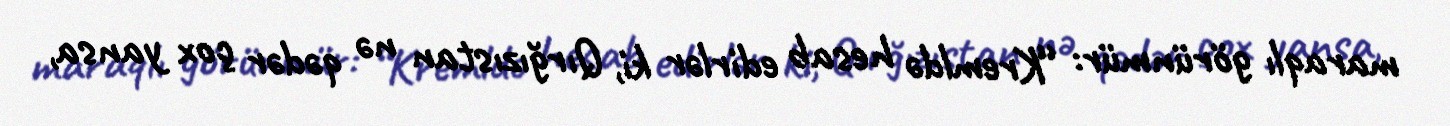
maraqlı görünmür: “Kremldə hesab edirlər ki, Qırğızıstan nə qədər çox yansa,